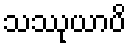
သဿုယာပိ